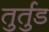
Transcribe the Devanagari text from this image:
तुर्तुड